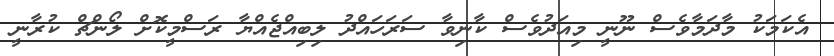
އެކަމަކު މާދަމާވެސް ނޫނީ މިއަދުވެސް ކާނިވާ ސަރަހައްދު ލިބިއްޖެއްޔާ ރަސްމީކޮށް ލޯންޗް ކުރާނީ